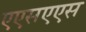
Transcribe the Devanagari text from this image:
एएसएएस